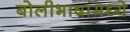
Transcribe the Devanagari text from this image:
बोलीभाषांमध्ये